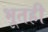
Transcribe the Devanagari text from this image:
भूतही